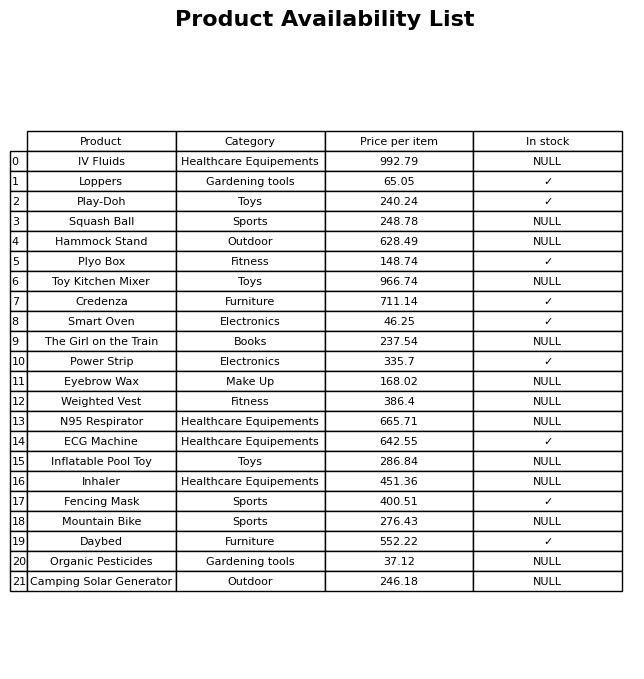
question: What is the price for The Girl on the Train?
answer: The price of The Girl on the Train is 237.54.